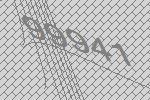
99941